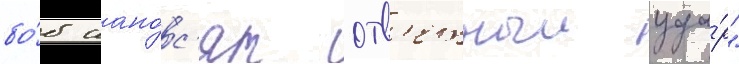
бо́б нано́с'ят отв'етныи уда́р"